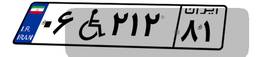
۰۶W۲۱۲۸۱